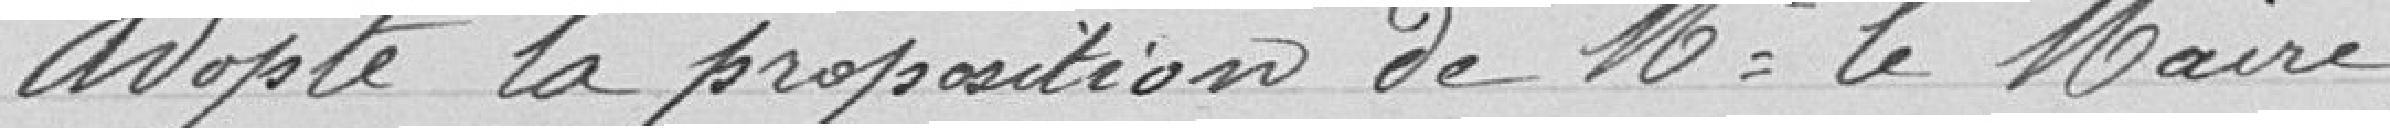
Adopte la proposition de Monsieur le Maire.